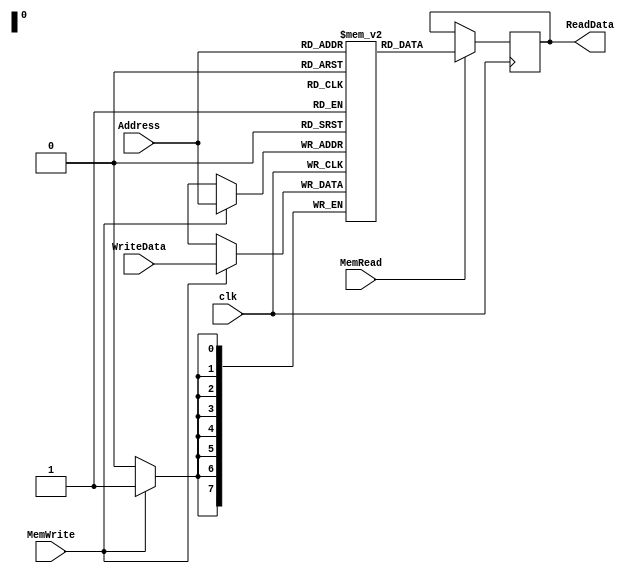
module DataMemory (input [7:0] WriteData, input [7:0] Address, input clk, MemWrite, MemRead,
  output reg [7:0] ReadData);
	reg [7:0] Memory[0:255];
  initial begin
    //Test case 1
   /* Memory[100] <= 114; // for testcase 1
    Memory[102] <= 213; // for testcase 1
    
    Memory[101] <= 6;  //for testcase 1
    Memory[103] <= 14;  //for testcase 1
    //ans : 0001 0101 0100 0111
    */
    
    
   
    //Test case 2
    
    Memory[100] <= 1;
    Memory[101] <= 2;
    Memory[102] <= 4;
    Memory[103] <= 7;
    Memory[104] <= 14;
    Memory[105] <= 3;
    Memory[106] <= 78;
    Memory[107] <= 20;
    Memory[108] <= 85;
    Memory[109] <= 95;
    Memory[110] <= 105;
    Memory[111] <= 13;
    Memory[112] <= 9;
    Memory[113] <= 45;
    Memory[114] <= 75;
    Memory[115] <= 13;
    Memory[116] <= 90;
    Memory[117] <= 45;
    Memory[118] <= 101;
    Memory[119] <= 76;
    // ans = 0110 1001
        
  end
	always @ (posedge clk) begin
		if (MemWrite == 1)
			Memory[Address[7:0]] <= WriteData;
	end

	always @(negedge clk) begin
		if (MemRead == 1)
			ReadData <= Memory[Address[7:0]];
	end
endmodule